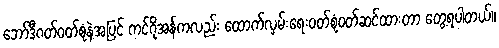
ဘော်ဒီဂတ်ဝတ်စုံနဲ့အပြင် ကင်ဂိုအန်ကလည်း ထောက်လှမ်းရေးဝတ်စုံဝတ်ဆင်ထားတာ တွေ့ရပါတယ်။